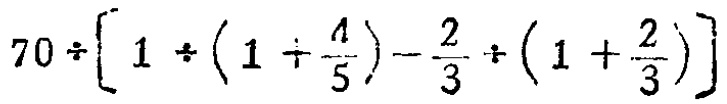
$70\div\left[1\div\left(1\div\frac{4}{5}\right)-\frac{2}{3}\div\left(1 + \frac{2}{3}\right)\right]$